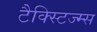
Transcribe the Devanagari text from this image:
टैक्स्टिज्म्स